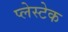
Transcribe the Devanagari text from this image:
प्लेस्टेक